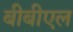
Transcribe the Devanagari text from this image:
बीबीएल